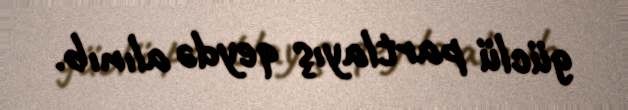
güclü partlayış qeydə alınıb.